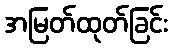
အမြတ်ထုတ်ခြင်း